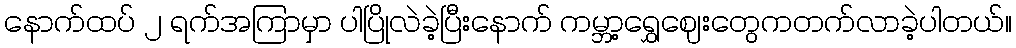
နောက်ထပ် ၂ ရက်အကြာမှာ ပါပြိုလဲခဲ့ပြီးနောက် ကမ္ဘာ့ရွှေဈေးတွေကတက်လာခဲ့ပါတယ်။